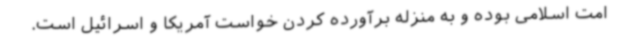
امت اسلامی بوده و به منزله برآورده کردن خواست آمریکا و اسرائیل است.